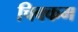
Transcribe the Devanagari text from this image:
चिक्कम